Calcutta medical institutions reports 1892-1900
Year: 1892
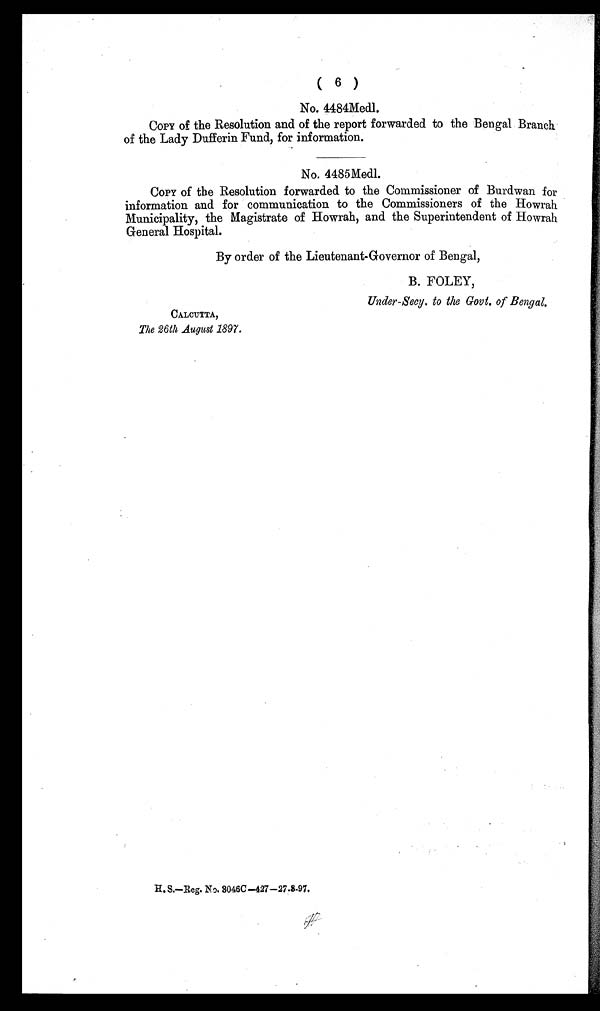
( 6 )
No. 4484Medl.
COPY of the Resolution and of the report forwarded to the Bengal Branch
of the Lady Dufferin Fund, for information.
No. 4485Medl.
COPY of the Resolution forwarded to the Commissioner of Burdwan for
information and for communication to the Commissioners of the Howrah
Municipality, the Magistrate of Howrah, and the Superintendent of Howrah
General Hospital.
By order of the Lieutenant-Governor of Bengal,
B. FOLEY,
Under-Secy. to the Govt. of Bengal.
CALCUTTA,
The 26th August 1897 .
H. S.—Reg. No. 8046C-427-27.8.97.